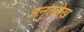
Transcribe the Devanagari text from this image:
अनुल्लेख